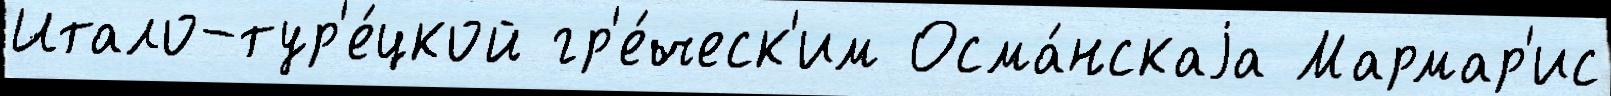
Итало-тур'е́цкой гр'е́ческ'им Осма́нскаjа Мармар'ис